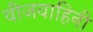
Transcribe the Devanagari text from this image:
वीजवाहिनी